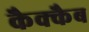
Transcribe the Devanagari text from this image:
कैक्कैब